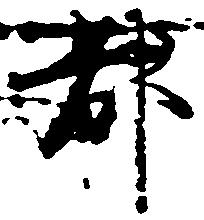
都